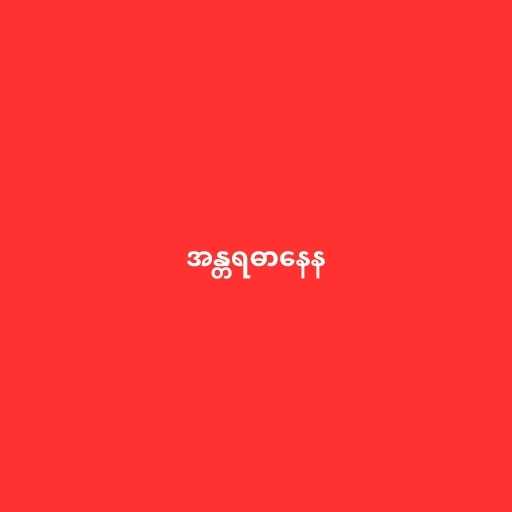
အန္တရဓာနေန